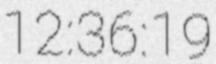
12:36:19